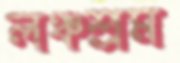
লঞ্চশ্রম